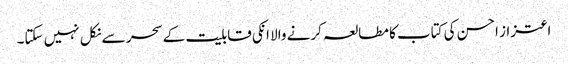
اعتزاز احسن کی کتاب کا مطالعہ کرنے والا انکی قابلیت کے سحر سے نکل نہیں سکتا۔